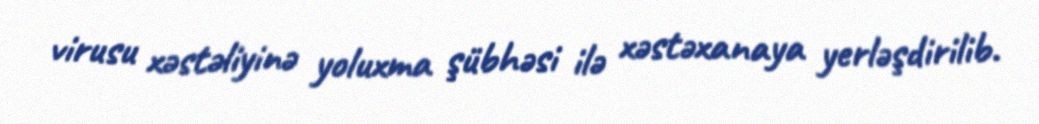
virusu xəstəliyinə yoluxma şübhəsi ilə xəstəxanaya yerləşdirilib.